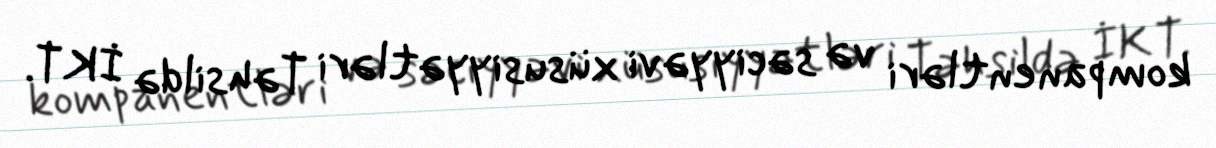
kompanentləri və səciyyəvi xüsusiyyətləri Təhsildə İKT.